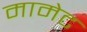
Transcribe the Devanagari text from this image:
मामेट